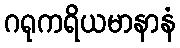
ဂရုကရိယမာနာနံ